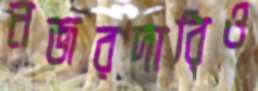
নজরদারিও